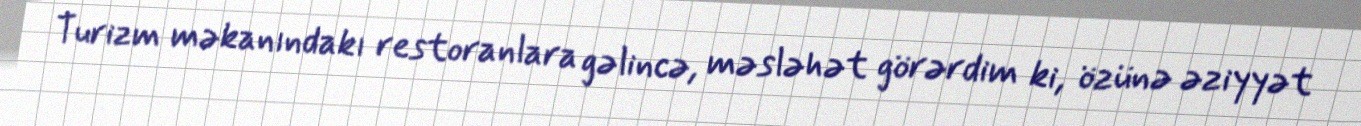
Turizm məkanındakı restoranlara gəlincə, məsləhət görərdim ki, özünə əziyyət